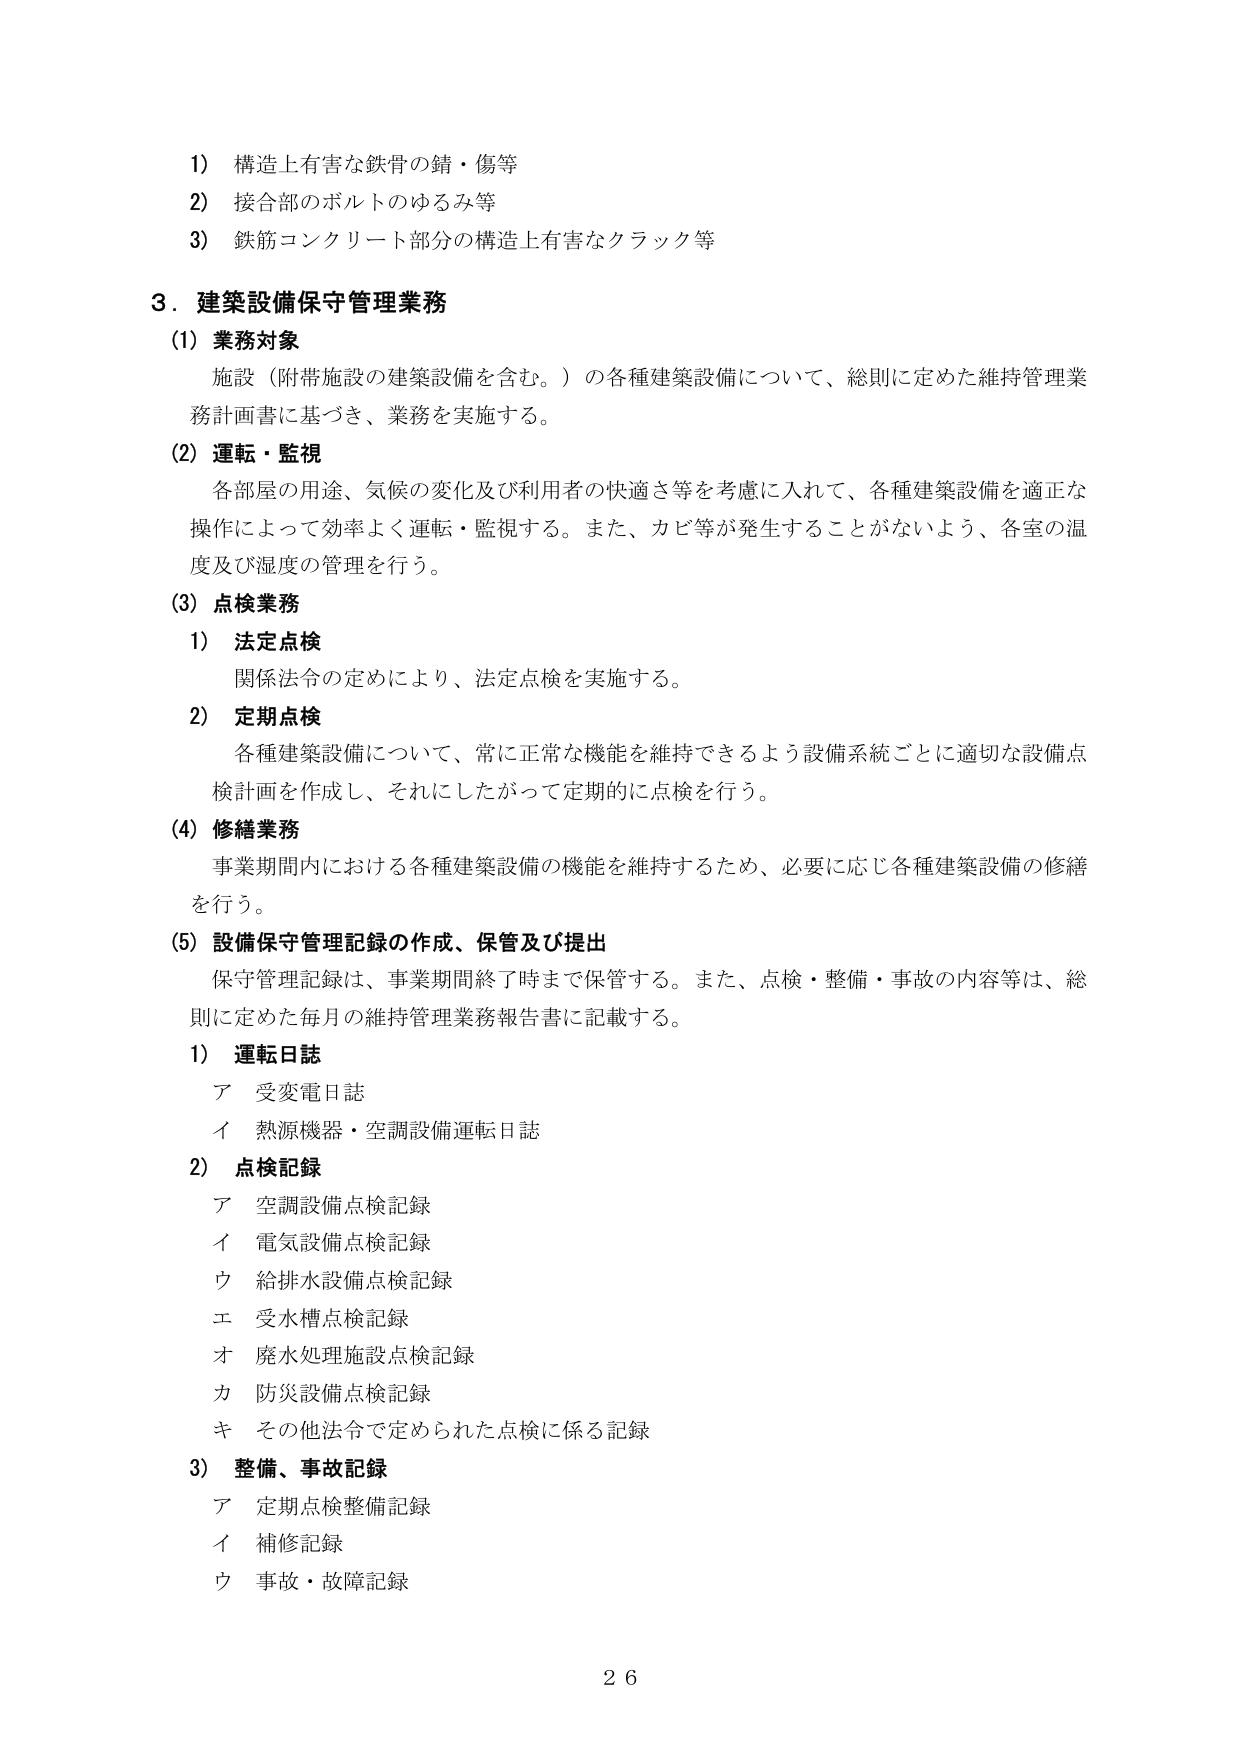
1) 構造上有害な鉄骨の錆・傷等
2) 接合部のボルトのゆるみ等
3) 鉄筋コンクリート部分の構造上有害なクラック等

3．建築設備保守管理業務
(1) 業務対象
施設（附帯施設の建築設備を含む。）の各種建築設備について、総則に定めた維持管理業務計画書に基づき、業務を実施する。

(2) 運転・監視
各部屋の用途、気候の変化及び利用者の快適さ等を考慮に入れて、各種建築設備を適正な操作によって効率よく運転・監視する。また、カビ等が発生することがないよう、各室の温度及び湿度の管理を行う。

(3) 点検業務
1) 法定点検
関係法令の定めにより、法定点検を実施する。

2) 定期点検
各種建築設備について、常に正常な機能を維持できるよう設備系統ごとに適切な設備点検計画を作成し、それにしたがって定期的に点検を行う。

(4) 修繕業務
事業期間内における各種建築設備の機能を維持するため、必要に応じ各種建築設備の修繕を行う。

(5) 設備保守管理記録の作成、保管及び提出
保守管理記録は、事業期間終了時まで保管する。また、点検・整備・事故の内容等は、総則に定めた毎月の維持管理業務報告書に記載する。

1) 運転日誌
ア 受変電日誌
イ 熱源機器・空調設備運転日誌

2) 点検記録
ア 空調設備点検記録
イ 電気設備点検記録
ウ 給排水設備点検記録
エ 受水槽点検記録
オ 廃水処理施設点検記録
カ 防災設備点検記録
キ その他法令で定められた点検に係る記録

3) 整備、事故記録
ア 定期点検整備記録
イ 補修記録
ウ 事故・故障記録

26